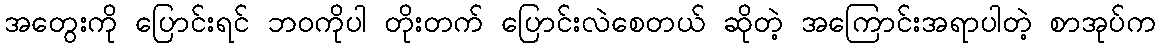
အတွေးကို ပြောင်းရင် ဘဝကိုပါ တိုးတက် ပြောင်းလဲစေတယ် ဆိုတဲ့ အကြောင်းအရာပါတဲ့ စာအုပ်က